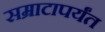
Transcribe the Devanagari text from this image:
सम्राटापर्यंत